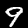
Digit: 9